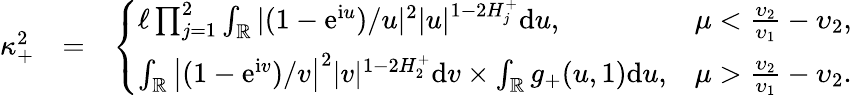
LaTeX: \begin{array}{rlr}{\kappa_{+}^{2}}&{=}&{\left\{ \begin{array}{ll}{\ell\prod_{j=1}^{2}\int_{\mathbb{R}}|(1-\mathrm e^{\mathrm iu})/u|^{2}|u|^{1-2H_{j}^{+}}\mathrm du,}&{\mu<\frac{\upsilon_{2}}{\upsilon_{1}}-\upsilon_{2},}\\ {\int_{\mathbb{R}}\big|(1-\mathrm e^{\mathrm iv})/v\big|^{2}|v|^{1-2H_{2}^{+}}\mathrm dv\times\int_{\mathbb{R}}g_{+}(u,1)\mathrm du,}&{\mu>\frac{\upsilon_{2}}{\upsilon_{1}}-\upsilon_{2}.}\end{array}\right.}\end{array}